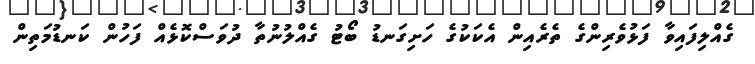
ގެއްލިފައިވާ ފަޅުވެރިންގެ ތެރެއިން އެކަކުގެ ހަށިގަނޑު ބޯޓު ގެއްލުނުތާ ދުވަސްކޮޅެއް ފަހުން ކަނޑުމަތިން